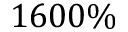
1 6 0 0 \%